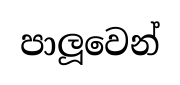
පාලූවෙන්